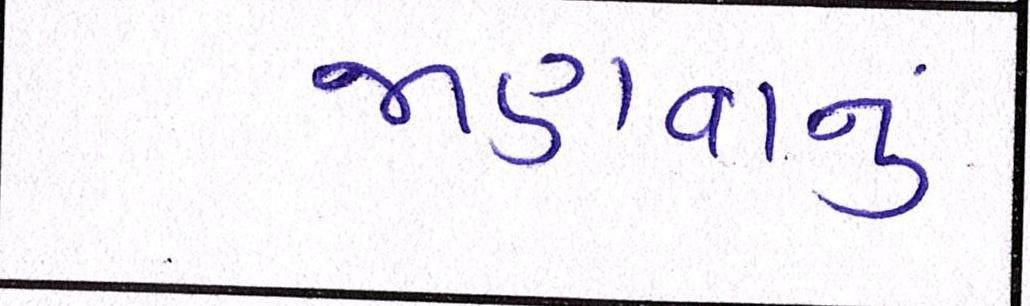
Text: જાણવાનું